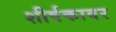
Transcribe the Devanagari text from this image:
शीर्षकावर